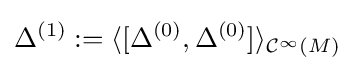
\Delta ^{(1)}:=\langle [\Delta ^{(0)},\Delta ^{(0)}]\rangle _{{\mathcal {C}}^{\infty }(M)}